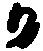
か